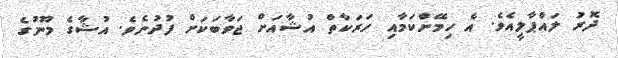
ދޮރު ލައްޕާލީއެވެ. އެ ހިމޭންކަމާއި ހަރަކާތް އުޝާއަށް ޖަވާބަކަށް ފުދުނެވެ. އުޝާގެ މޫނުގެ